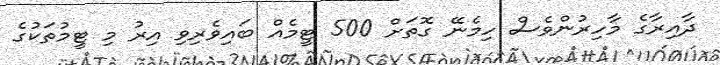
ދާއިރާގެ މާހިރުންވެސް ހިމެނޭ ގޮތަށް 500 ޓީމެއް ބައިވެރިވި އިރު މި ޓީމުތަކުގެ